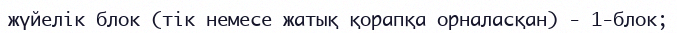
жүйелік блок (тік немесе жатық қорапқа орналасқан) - 1-блок;